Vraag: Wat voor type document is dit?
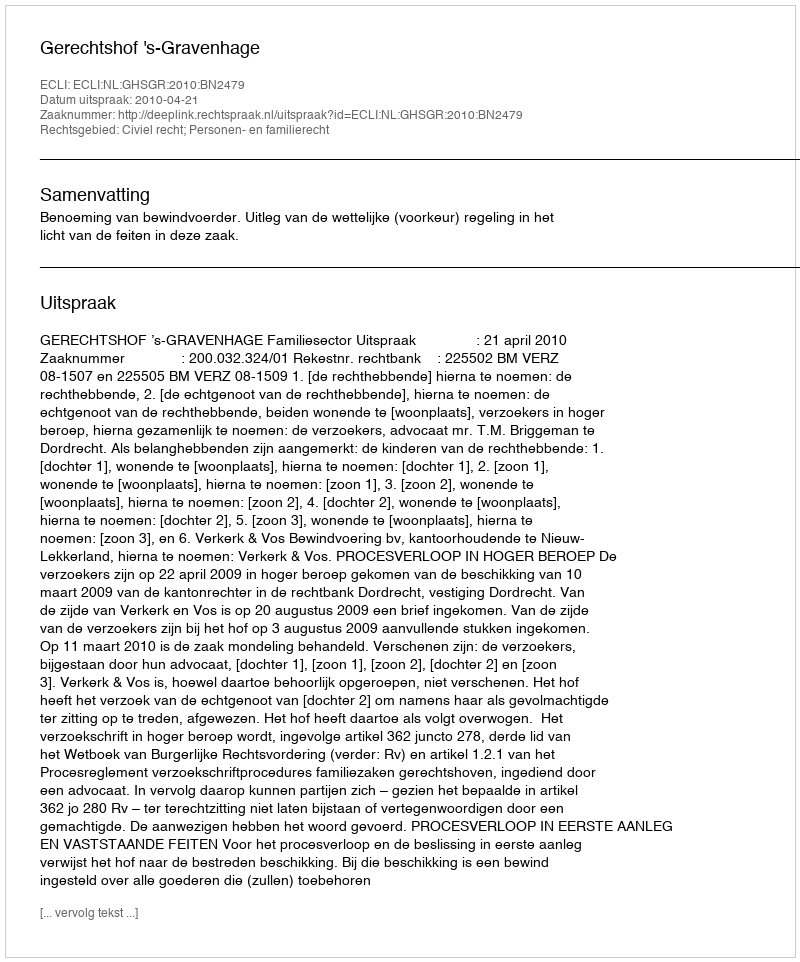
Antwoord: Uitspraak